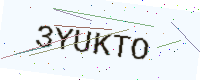
Text: 3YUKTO